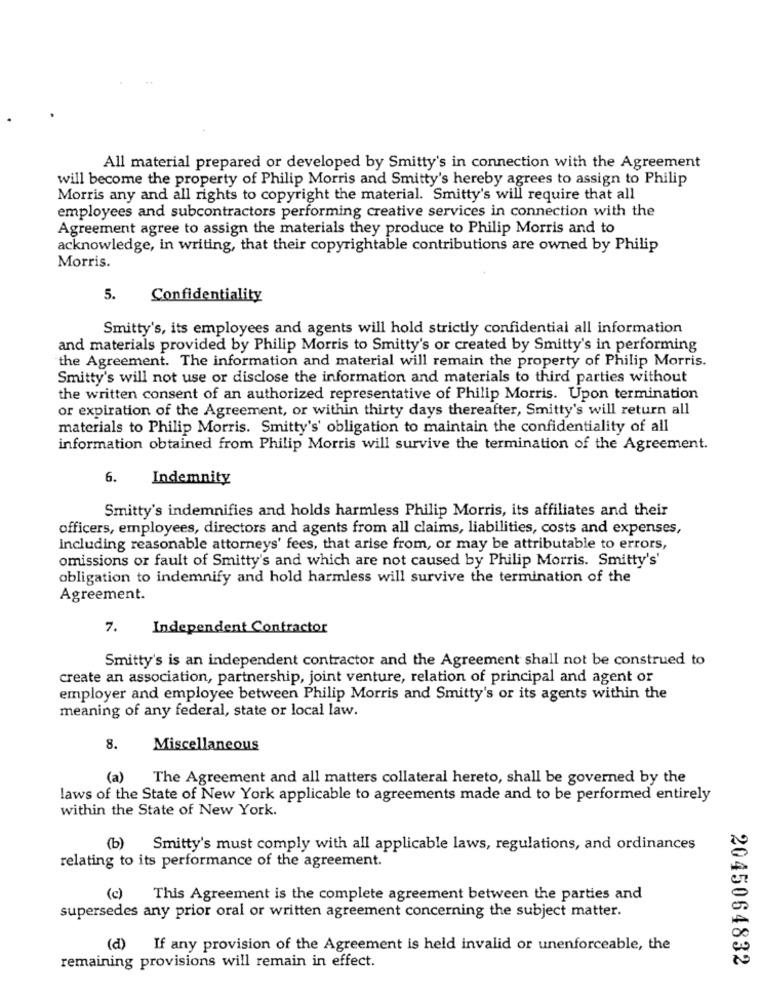
All material prepared or developed by Smitty's in connection with the Agreement
will become the property of Philip Morris and Smitty's hereby agrees to assign to Philip
Morris any and all rights to copyright the material. Smitty's will require that all
employees and subcontractors performing creative services in connection with the
Agreement agree to assign the materials they produce to Philip Morris and to
acknowledge, in writing, that their copyrightable contributions are owned by Philip
Morris.
5.
Confidentiality
Smitty's, its employees and agents will hold strictly confidential all information
and materials provided by Philip Morris to Smitty's or created by Smitty's in performing
the Agreement. The information and material will remain the property of Philip Morris.
Smitty's will not use or disclose the information and materials to third parties without
the written consent of an authorized representative of Philip Morris. Upon termination
or expiration of the Agreement, or within thirty days thereafter, Smitty's will return all
materials to Philip Morris. Smitty's' obligation to maintain the confidentiality of all
information obtained from Philip Morris will survive the termination of the Agreement.
6.
Indemnity
Smitty's indemnifies and holds harmless Philip Morris, its affiliates and their
officers, employees, directors and agents from all claims, liabilities, costs and expenses,
including reasonable attorneys' fees, that arise from, or may be attributable to errors,
omissions or fault of Smitty's and which are not caused by Philip Morris. Smitty's'
obligation to indemnify and hold harmless will survive the termination of the
Agreement.
7.
Independent Contractor
Smitty's is an independent contractor and the Agreement shall not be construed to
create an association, partnership, joint venture, relation of principal and agent or
employer and employee between Philip Morris and Smitty's or its agents within the
meaning of any federal, state or local law.
8.
Miscellaneous
(a) The Agreement and all matters collateral hereto, shall be governed by the
laws of the State of New York applicable to agreements made and to be performed entirely
within the State of New York.
(b) Smitty's must comply with all applicable laws, regulations, and ordinances
relating to its performance of the agreement.
(c) This Agreement is the complete agreement between the parties and
supersedes any prior oral or written agreement concerning the subject matter.
(d) If any provision of the Agreement is held invalid or unenforceable, the
2045064832
remaining provisions will remain in effect.